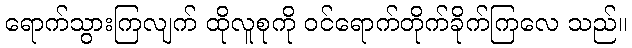
ရောက်သွားကြလျက် ထိုလူစုကို ဝင်ရောက်တိုက်ခိုက်ကြလေ သည်။